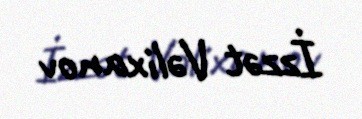
İzzət Vəlixanov